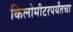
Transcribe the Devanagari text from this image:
किलोमीटरपर्यंतचा